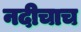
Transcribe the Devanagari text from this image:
नदीचाच